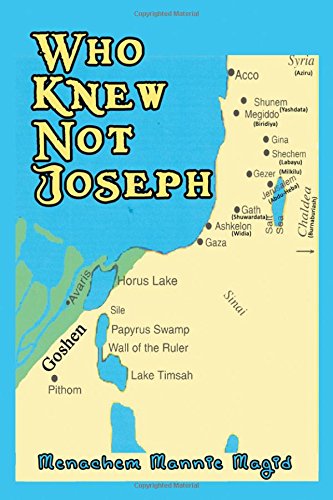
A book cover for Who Knew Not Joseph; Menachem Mannie Magid; Literature & Fiction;